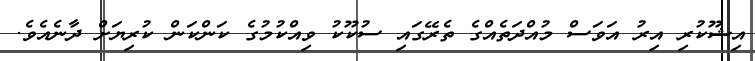
އިޝޫކުރި އިރު އަވަސް މުއްދަތެއްގެ ތެރޭގައި ސުކޫކު ވިއްކުމުގެ ކަންކަން ކުރިޔަށް ދާނެއެވެ.